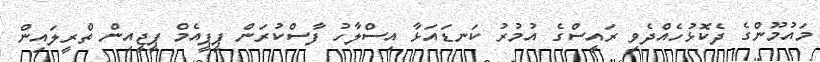
މައުމޫންގެ ދެކޮޅުހެއްދެވި ރައީސްގެ އުމުރު ކަނޑައަޅާ އިސްލާހު ފާސްކުރަން ޕީޕީއެމް ޕީޖީއިން ތްރީލައިން